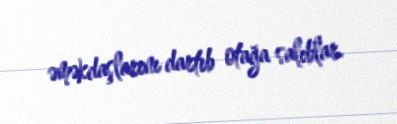
əməkdaşlarını dartıb otağa salıblar.